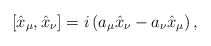
\begin{align*}[\hat{x}_\mu,\hat{x}_\nu]=i\left(a_\mu\hat{x}_\nu-a_\nu\hat{x}_\mu\right),\end{align*}